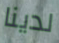
لدينا